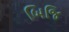
બિજિ